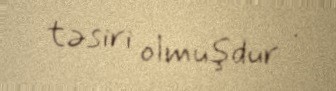
təsiri olmuşdur .